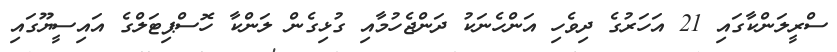
ސްރީލަންކާގައި 21 އަހަރުގެ ދިވެހި އަންހެނަކު ދަންޖެހުމާއި ގުޅިގެން ލަންކާ ހޮސްޕިޓަލްގެ އައިސީޔޫގައި